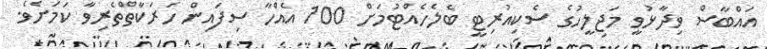
އައްބާސް ވިދާޅުވީ މަޖިލީހުގެ ސެކިއުރިޓީ ބެލެހެއްޓުމަށް 100 އެއްހާ ސިފައިން ހަރަކާތްތެރިވާ ކަމަށެވެ.